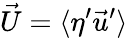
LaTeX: \vec{U}=\langle\eta^{\prime}\vec{u}^{\prime}\rangle